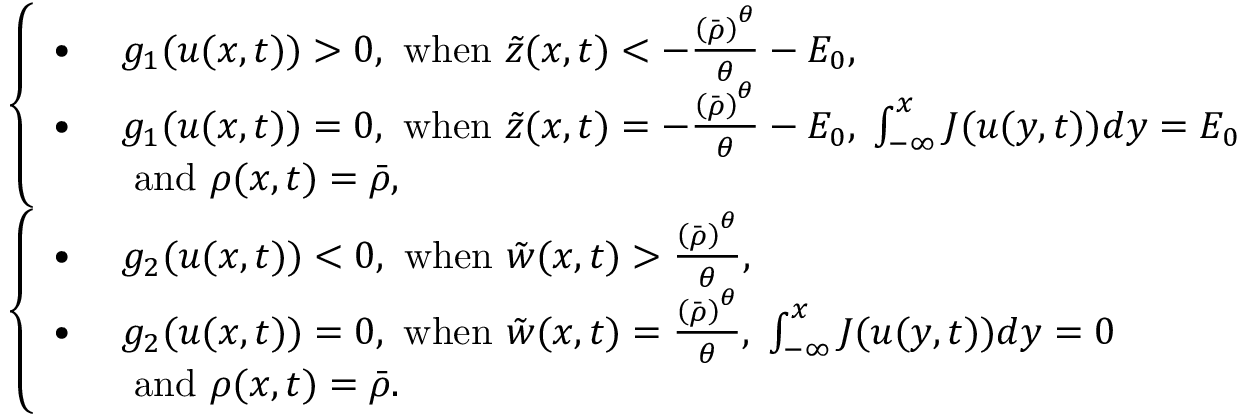
\begin{array} { r l } & { \left\{ \begin{array} { l l } { \bullet \; } & { g _ { 1 } ( u ( x , t ) ) > 0 \mathrm { , ~ w h e n ~ } \tilde { z } ( x , t ) < - \frac { \left( \bar { \rho } \right) ^ { \theta } } { \theta } - E _ { 0 } , } \\ { \bullet \; } & { g _ { 1 } ( u ( x , t ) ) = 0 \mathrm { , ~ w h e n ~ } \tilde { z } ( x , t ) = - \frac { \left( \bar { \rho } \right) ^ { \theta } } { \theta } - E _ { 0 } , \; \int _ { - \infty } ^ { x } J ( u ( y , t ) ) d y = E _ { 0 } } \\ & { \mathrm { ~ a n d ~ } \rho ( x , t ) = \bar { \rho } , } \end{array} \right. } \\ & { \left\{ \begin{array} { l l } { \bullet \; } & { g _ { 2 } ( u ( x , t ) ) < 0 \mathrm { , ~ w h e n ~ } \tilde { w } ( x , t ) > \frac { \left( \bar { \rho } \right) ^ { \theta } } { \theta } , } \\ { \bullet \; } & { g _ { 2 } ( u ( x , t ) ) = 0 \mathrm { , ~ w h e n ~ } \tilde { w } ( x , t ) = \frac { \left( \bar { \rho } \right) ^ { \theta } } { \theta } , \; \int _ { - \infty } ^ { x } J ( u ( y , t ) ) d y = 0 } \\ & { \mathrm { ~ a n d ~ } \rho ( x , t ) = \bar { \rho } . } \end{array} \right. } \end{array}